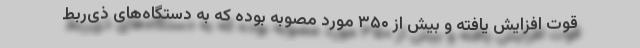
قوت افزایش یافته و بیش از ۳۵۰ مورد مصوبه بوده که به دستگاه‌های ذی‌‌ربط